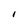
Character: I